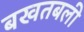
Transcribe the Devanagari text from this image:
बखतबली